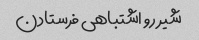
شیر رو اشتباهی فرستادن